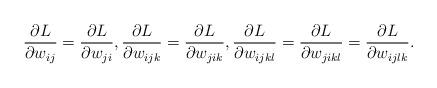
LaTeX: \begin{align*}\frac{\partial L}{\partial w_{ij}}=\frac{\partial L}{\partial w_{ji}},\frac{\partial L}{\partial w_{ijk}}=\frac{\partial L}{\partial w_{jik}},\frac{\partial L}{\partial w_{ijkl}}=\frac{\partial L}{\partial w_{jikl}}=\frac{\partial L}{\partial w_{ijlk}}.\end{align*}